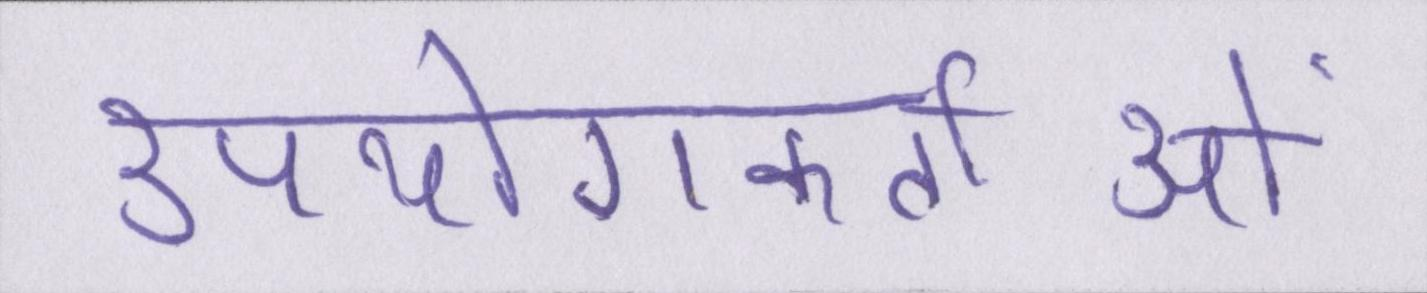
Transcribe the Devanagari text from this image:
उपयोगकर्ताओं